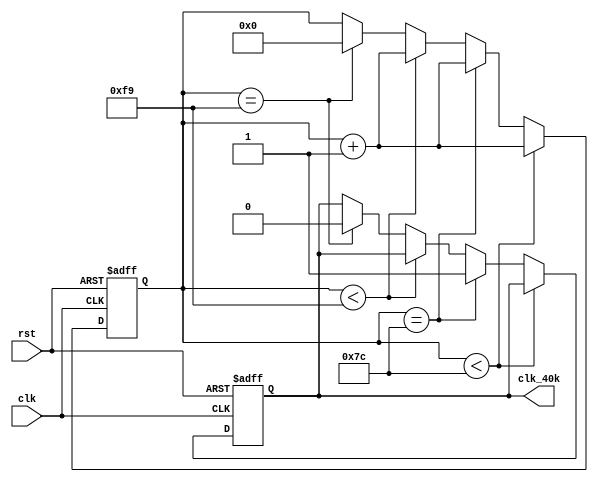
module clk_40k_gen
(
    input           clk     ,
    input           rst     ,

    output          clk_40k 
);

    reg             clk_40k_r;
    reg     [13:0]  cnt;

    always @ (posedge clk, negedge rst) begin
        if (!rst) begin
            clk_40k_r <= 1'b0;
            cnt <= 14'd0;
        end
        else if (cnt < 14'd124) begin
            cnt <= cnt + 14'd1;
        end
        else if (cnt == 14'd124) begin
            cnt <= cnt + 14'd1;
            clk_40k_r <= 1'b1;
        end
        else if (cnt < 14'd249) begin
            cnt <= cnt + 14'd1;
        end
        else if (cnt == 14'd249) begin
            clk_40k_r <= 1'b0;
            cnt <= 14'd0;
        end
    end

    assign clk_40k = clk_40k_r;

endmodule